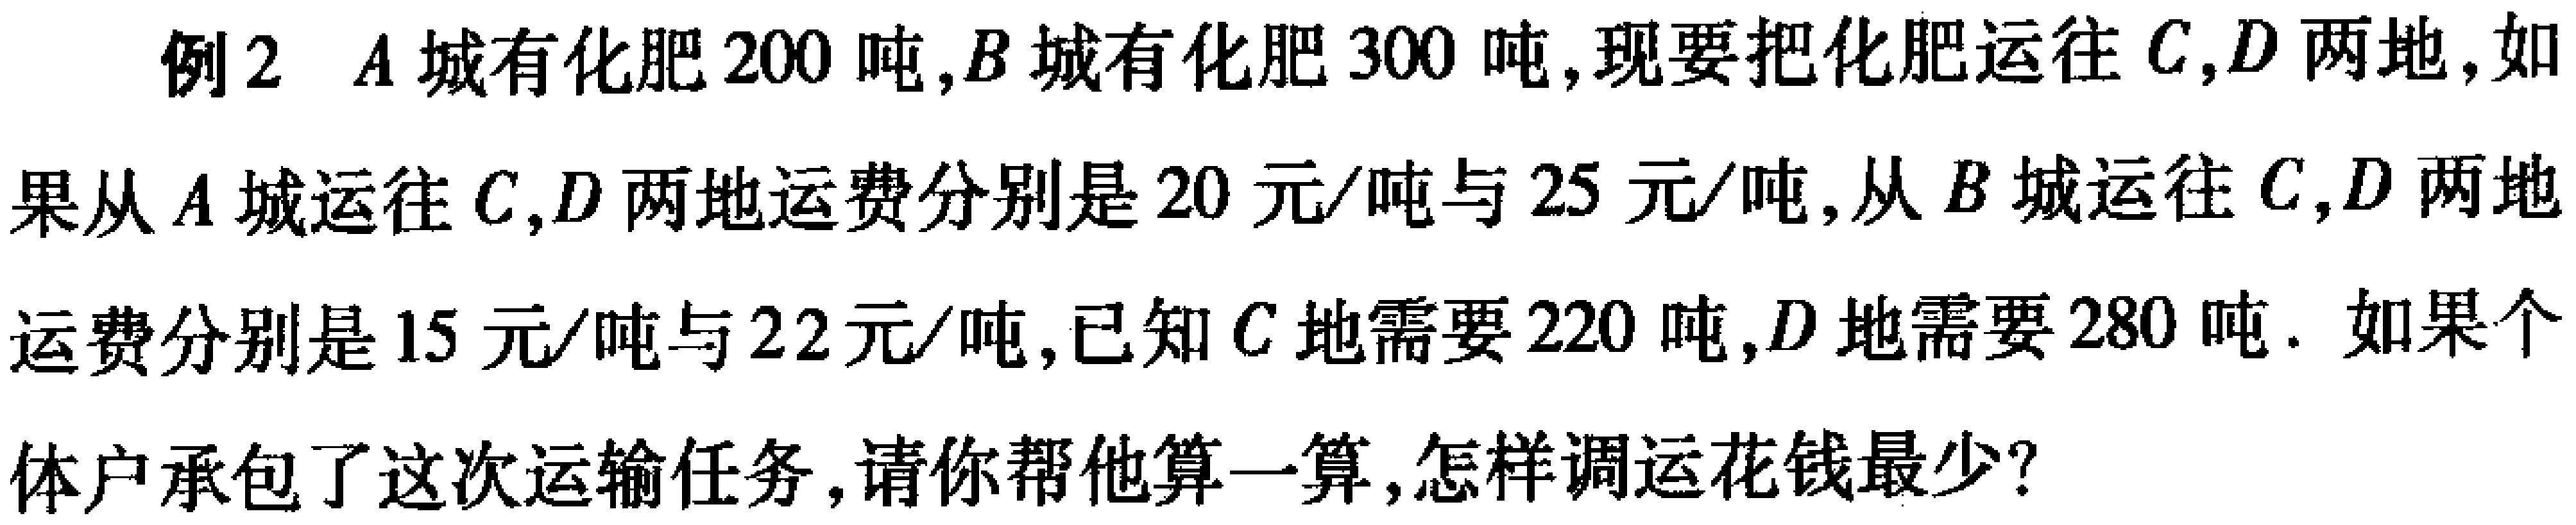
例2 $A$城有化肥$200$吨,$B$城有化肥$300$吨,现要把化肥运往$C,D$两地,如果从$A$城运往$C,D$两地运费分别是$20$元/吨与$25$元/吨,从$B$城运往$C,D$两地运费分别是$15$元/吨与$22$元/吨,已知$C$地需要$220$吨,$D$地需要$280$吨. 如果个体户承包了这次运输任务,请你帮他算一算,怎样调运花钱最少?